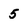
Character: 5